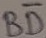
Text: BD